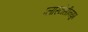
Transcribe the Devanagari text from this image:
प्लास्टोसीनयुग